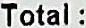
TOTAL :